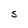
Character: S